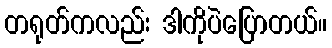
တရုတ်ကလည်း ဒါကိုပဲပြောတယ်။